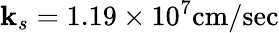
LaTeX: \mathbf{k}_{s}=1.19\times10^{7}\mathrm{{cm/sec}}